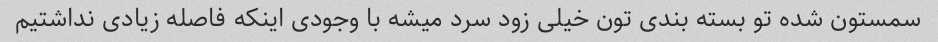
سمستون شده تو بسته بندی تون خیلی زود سرد میشه با وجودی اینکه فاصله زیادی نداشتیم